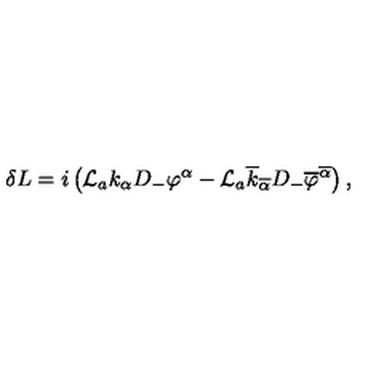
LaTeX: \delta L = i \left( { \cal L } _ { a } k _ { \alpha } D _ { - } \varphi ^ { \alpha } - { \cal L } _ { a } \overline { { k } } _ { \overline { { \alpha } } } D _ { - } \overline { { \varphi } } ^ { \overline { { \alpha } } } \right) ,